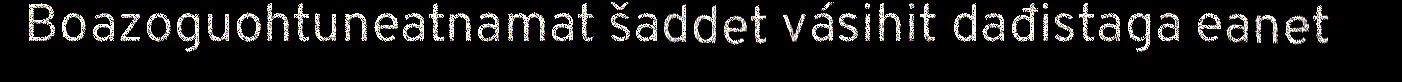
Boazoguohtuneatnamat šaddet vásihit dađistaga eanet